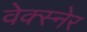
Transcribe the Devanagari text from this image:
वेक्स्नेर